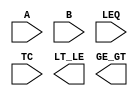
////////////////////////////////////////////////////////////////////////////////
//
//       This confidential and proprietary software may be used only
//     as authorized by a licensing agreement from Synopsys Inc.
//     In the event of publication, the following notice is applicable:
//
//                    (C) COPYRIGHT 1994 - 2023 SYNOPSYS INC.
//                           ALL RIGHTS RESERVED
//
//       The entire notice above must be reproduced on all authorized
//     copies.
//
//
// VERSION:   Simulation Architecture
//
// DesignWare_version: cefe811d
// DesignWare_release: U-2022.12-DWBB_202212.5
//
////////////////////////////////////////////////////////////////////////////////
//-----------------------------------------------------------------------------------
//
// ABSTRACT:  2-Function Comparator
//           When LEQ = 1   LT_LE: A =< B
//                          GE_GT: A > B
//           When LEQ = 0   LT_LE: A < B
//                          GE_GT: A >= B
//           When TC  = 0   Unsigned numbers
//           When TC  = 1   Two's - complement numbers
//
// MODIFIED: 
//           Sourabh        Dec. '98. 
//                          Added functionality for X/Z handling.
//   
//           RPH            07/17/2002 
//                          Rewrote to comply with the new guidelines   
//-------------------------------------------------------------------------------
module DW01_cmp2
  (A, B, LEQ, TC, LT_LE, GE_GT);

  parameter integer width = 8; 

  // port list declaration in order
  input [ width- 1: 0] A, B;
  input LEQ; // 1 => LEQ/GT 0=> LT/GEQ
  input TC; // 1 => 2's complement numbers
   
  output LT_LE;
  output GE_GT;

   // synopsys translate_off
    function is_less;
      parameter integer sign = width - 1;
      input [width-1 : 0] A, B;
      input 		  TC; //Flag of Signed
      reg 		  a_is_0, b_is_1, result ;
      integer 		  i;
      begin
	 if ( TC === 1'b0 ) begin  // unsigned numbers
	    result = 0;
	    for (i = 0; i <= sign; i = i + 1) begin
	       a_is_0 = A[i] === 1'b0;
	       b_is_1 = B[i] === 1'b1;
	       result = (a_is_0 & b_is_1) |
			(a_is_0 & result) |
			(b_is_1 & result);
	    end // loop
	 end else begin  // signed numbers
	    if ( A[sign] !== B[sign] ) begin
	       result = A[sign] === 1'b1;
	    end 
	    else begin
	       result = 0;
	       for (i = 0; i <= sign-1; i = i + 1) begin
		  a_is_0 = A[i] === 1'b0;
		  b_is_1 = B[i] === 1'b1;
		  result = (a_is_0 & b_is_1) |
			   (a_is_0 & result) |
			   (b_is_1 & result);
	       end // loop
	    end // if
	 end // if
	 is_less = result;
      end
   endfunction //
   
  //-------------------------------------------------------------------------
  // Parameter legality check
  //-------------------------------------------------------------------------    
    
 
  initial begin : parameter_check
    integer param_err_flg;

    param_err_flg = 0;
    
    
    if (width < 1) begin
      param_err_flg = 1;
      $display(
	"ERROR: %m :\n  Invalid value (%d) for parameter width (lower bound: 1)",
	width );
    end
    
    if ( param_err_flg == 1) begin
      $display(
        "%m :\n  Simulation aborted due to invalid parameter value(s)");
      $finish;
    end

  end // parameter_check 



  assign GE_GT = ( TC === 1'bx || LEQ === 1'bx || ((^A)^(^B)) === 1'bx ) ? 1'bx :
		 ( LEQ === 1'b1 ) ? (( is_less(A,B,TC) || A === B ) ? 1'b0 : 1'b1) :
		 (( is_less(B,A,TC) || A === B ) ? 1'b1 : 1'b0);
   
  assign LT_LE = ( TC === 1'bx || LEQ === 1'bx || ((^A)^(^B)) === 1'bx ) ? 1'bx :
		 ( LEQ === 1'b1 ) ? (( is_less(A,B,TC) || A === B ) ? 1'b1 : 1'b0) :
		 (( is_less(B,A,TC) || A === B ) ? 1'b0 : 1'b1); 
//synopsys translate_on
   
endmodule // sim;